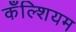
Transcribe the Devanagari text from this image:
कँल्शियम